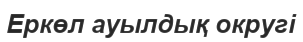
Еркөл ауылдық округі